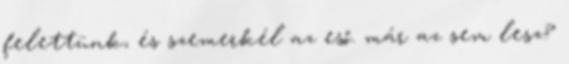
felettünk, és szemerkél az eső. már az sem lesz?